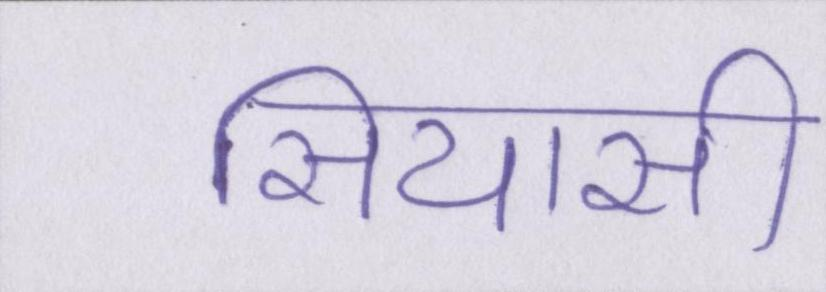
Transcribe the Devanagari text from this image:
सियासी